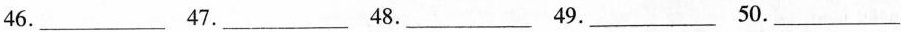
46.___47.___ 48.___ 49.___ 50.___